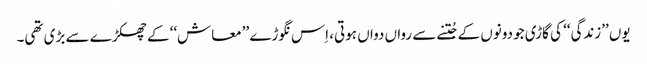
یوں ’’زندگی‘‘ کی گاڑی جو دونوں کے جُتنے سے رواں دواں ہوتی، اِس نگوڑے ’’معاش‘‘ کے چھکڑے سے بڑی تھی۔